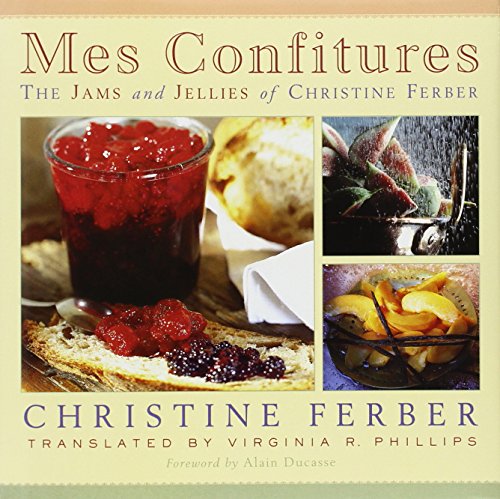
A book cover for Mes Confitures: The Jams and Jellies of Christine Ferber; Christine Ferber; Cookbooks, Food & Wine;